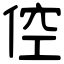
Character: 倥